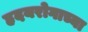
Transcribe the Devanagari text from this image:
हृदयरोगाच्या